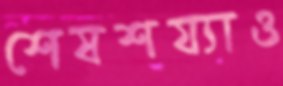
শেষশয্যাও